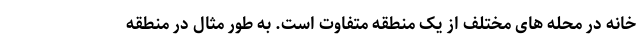
خانه در محله های مختلف از یک منطقه متفاوت است. به طور مثال در منطقه